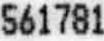
561781